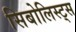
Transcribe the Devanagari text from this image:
सिबोलिस्ट्स